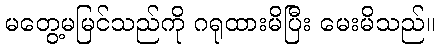
မတွေ့မမြင်သည်ကို ဂရုထားမိပြီး မေးမိသည်။